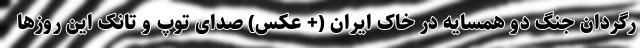
رگردان جنگِ دو همسایه در خاک ایران (+ عکس) صدای توپ و تانک این روزها